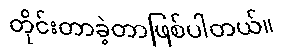
တိုင်းတာခဲ့တာဖြစ်ပါတယ်။